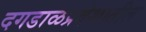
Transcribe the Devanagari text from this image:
दगडाळप्रदेशातील